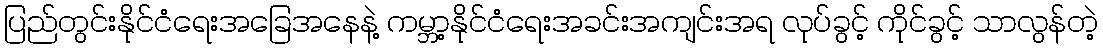
ပြည်တွင်းနိုင်ငံရေးအခြေအနေနဲ့ ကမ္ဘာ့နိုင်ငံရေးအခင်းအကျင်းအရ လုပ်ခွင့် ကိုင်ခွင့် သာလွန်တဲ့